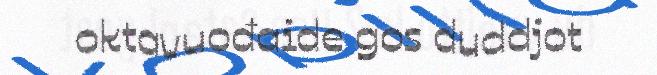
oktavuođaide gos duddjot